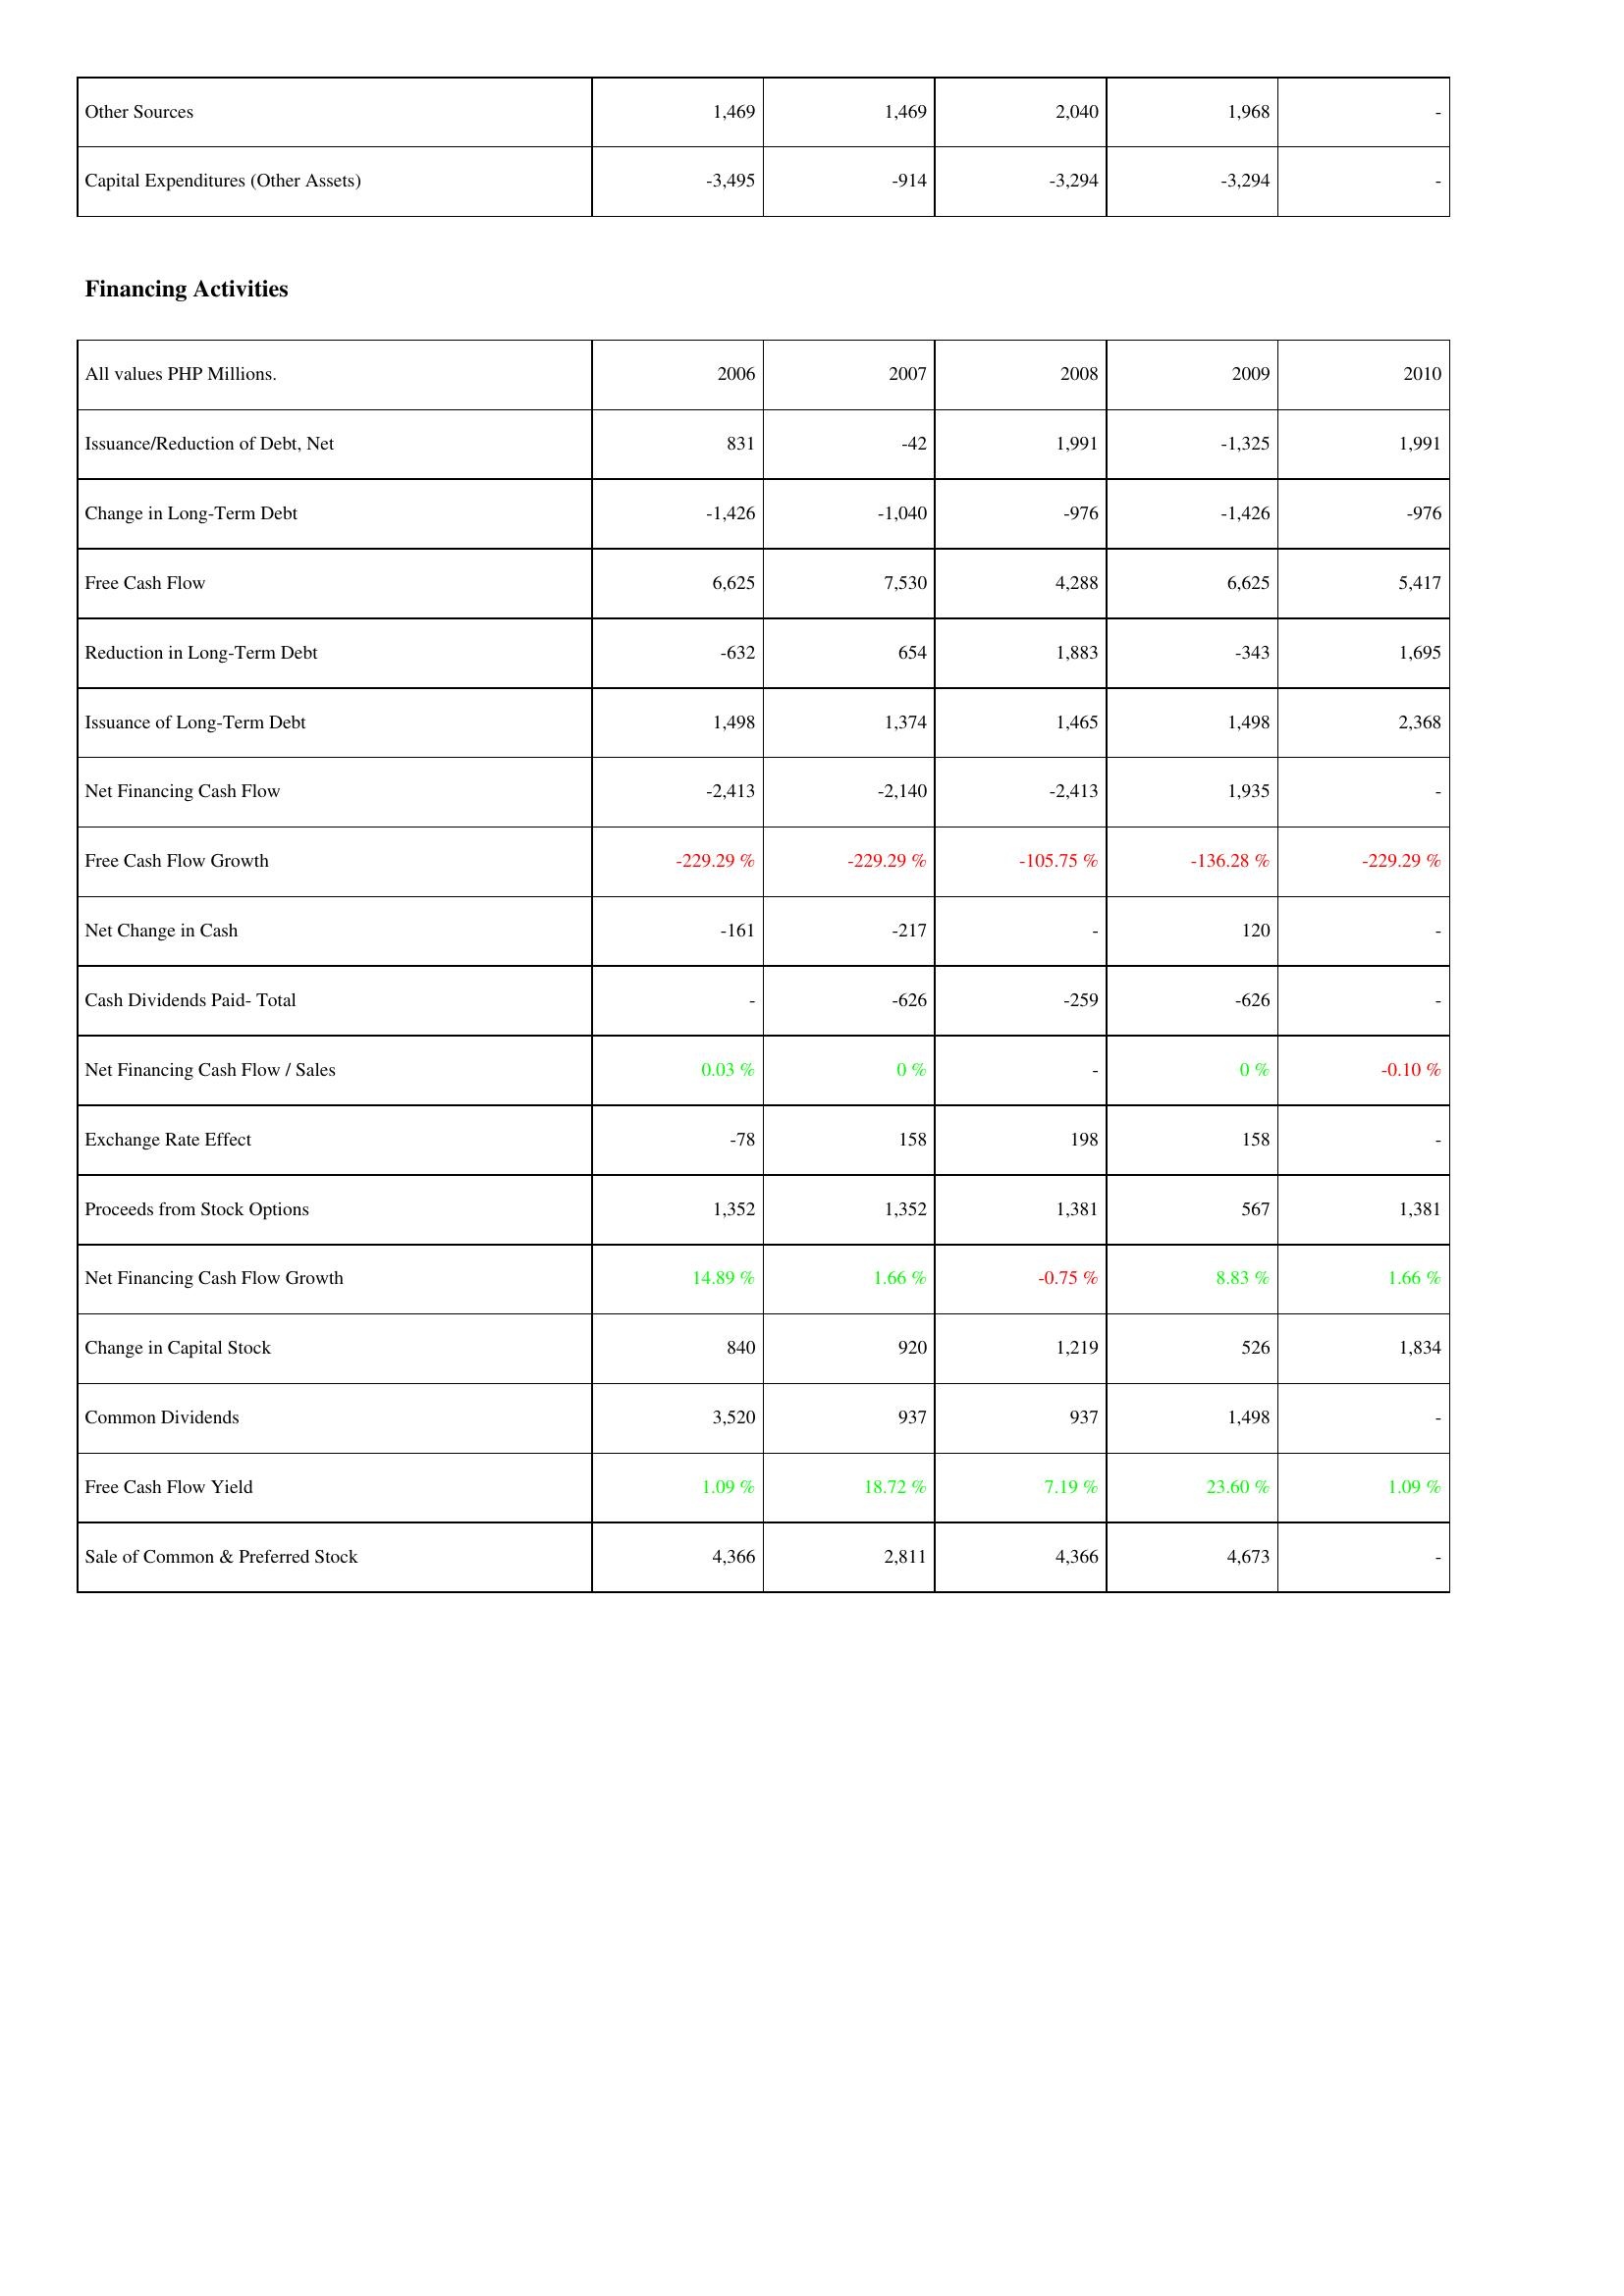
2006: Investing Activities: Other Sources: 1,469
Capital Expenditures (Other Assets): -3,495
Financing Activities: Issuance/Reduction of Debt, Net: 831
Change in Long-Term Debt: -1,426
Free Cash Flow: 6,625
Reduction in Long-Term Debt: -632
Issuance of Long-Term Debt: 1,498
Net Financing Cash Flow: -2,413
Free Cash Flow Growth: -229.29 %
Net Change in Cash: -161
Cash Dividends Paid- Total: -
Net Financing Cash Flow / Sales: 0.03 %
Exchange Rate Effect: -78
Proceeds from Stock Options: 1,352
Net Financing Cash Flow Growth: 14.89 %
Change in Capital Stock: 840
Common Dividends: 3,520
Free Cash Flow Yield: 1.09 %
Sale of Common & Preferred Stock: 4,366
2007: Investing Activities: Other Sources: 1,469
Capital Expenditures (Other Assets): -914
Financing Activities: Issuance/Reduction of Debt, Net: -42
Change in Long-Term Debt: -1,040
Free Cash Flow: 7,530
Reduction in Long-Term Debt: 654
Issuance of Long-Term Debt: 1,374
Net Financing Cash Flow: -2,140
Free Cash Flow Growth: -229.29 %
Net Change in Cash: -217
Cash Dividends Paid- Total: -626
Net Financing Cash Flow / Sales: 0 %
Exchange Rate Effect: 158
Proceeds from Stock Options: 1,352
Net Financing Cash Flow Growth: 1.66 %
Change in Capital Stock: 920
Common Dividends: 937
Free Cash Flow Yield: 18.72 %
Sale of Common & Preferred Stock: 2,811
2008: Investing Activities: Other Sources: 2,040
Capital Expenditures (Other Assets): -3,294
Financing Activities: Issuance/Reduction of Debt, Net: 1,991
Change in Long-Term Debt: -976
Free Cash Flow: 4,288
Reduction in Long-Term Debt: 1,883
Issuance of Long-Term Debt: 1,465
Net Financing Cash Flow: -2,413
Free Cash Flow Growth: -105.75 %
Net Change in Cash: -
Cash Dividends Paid- Total: -259
Net Financing Cash Flow / Sales: -
Exchange Rate Effect: 198
Proceeds from Stock Options: 1,381
Net Financing Cash Flow Growth: -0.75 %
Change in Capital Stock: 1,219
Common Dividends: 937
Free Cash Flow Yield: 7.19 %
Sale of Common & Preferred Stock: 4,366
2009: Investing Activities: Other Sources: 1,968
Capital Expenditures (Other Assets): -3,294
Financing Activities: Issuance/Reduction of Debt, Net: -1,325
Change in Long-Term Debt: -1,426
Free Cash Flow: 6,625
Reduction in Long-Term Debt: -343
Issuance of Long-Term Debt: 1,498
Net Financing Cash Flow: 1,935
Free Cash Flow Growth: -136.28 %
Net Change in Cash: 120
Cash Dividends Paid- Total: -626
Net Financing Cash Flow / Sales: 0 %
Exchange Rate Effect: 158
Proceeds from Stock Options: 567
Net Financing Cash Flow Growth: 8.83 %
Change in Capital Stock: 526
Common Dividends: 1,498
Free Cash Flow Yield: 23.60 %
Sale of Common & Preferred Stock: 4,673
2010: Investing Activities: Other Sources: -
Capital Expenditures (Other Assets): -
Financing Activities: Issuance/Reduction of Debt, Net: 1,991
Change in Long-Term Debt: -976
Free Cash Flow: 5,417
Reduction in Long-Term Debt: 1,695
Issuance of Long-Term Debt: 2,368
Net Financing Cash Flow: -
Free Cash Flow Growth: -229.29 %
Net Change in Cash: -
Cash Dividends Paid- Total: -
Net Financing Cash Flow / Sales: -0.10 %
Exchange Rate Effect: -
Proceeds from Stock Options: 1,381
Net Financing Cash Flow Growth: 1.66 %
Change in Capital Stock: 1,834
Common Dividends: -
Free Cash Flow Yield: 1.09 %
Sale of Common & Preferred Stock: -